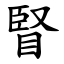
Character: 䁂